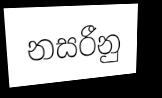
නසරීනු